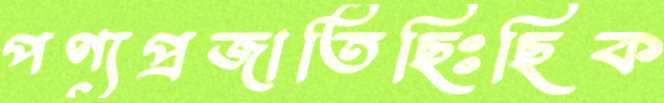
পণ্যপ্রজাতিছিঃছিক